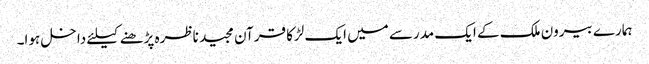
ہمارے بیرون ملک کے ایک مدرسے میں ایک لڑکا قرآن مجید ناظرہ پڑھنے کیلئے داخل ہوا۔